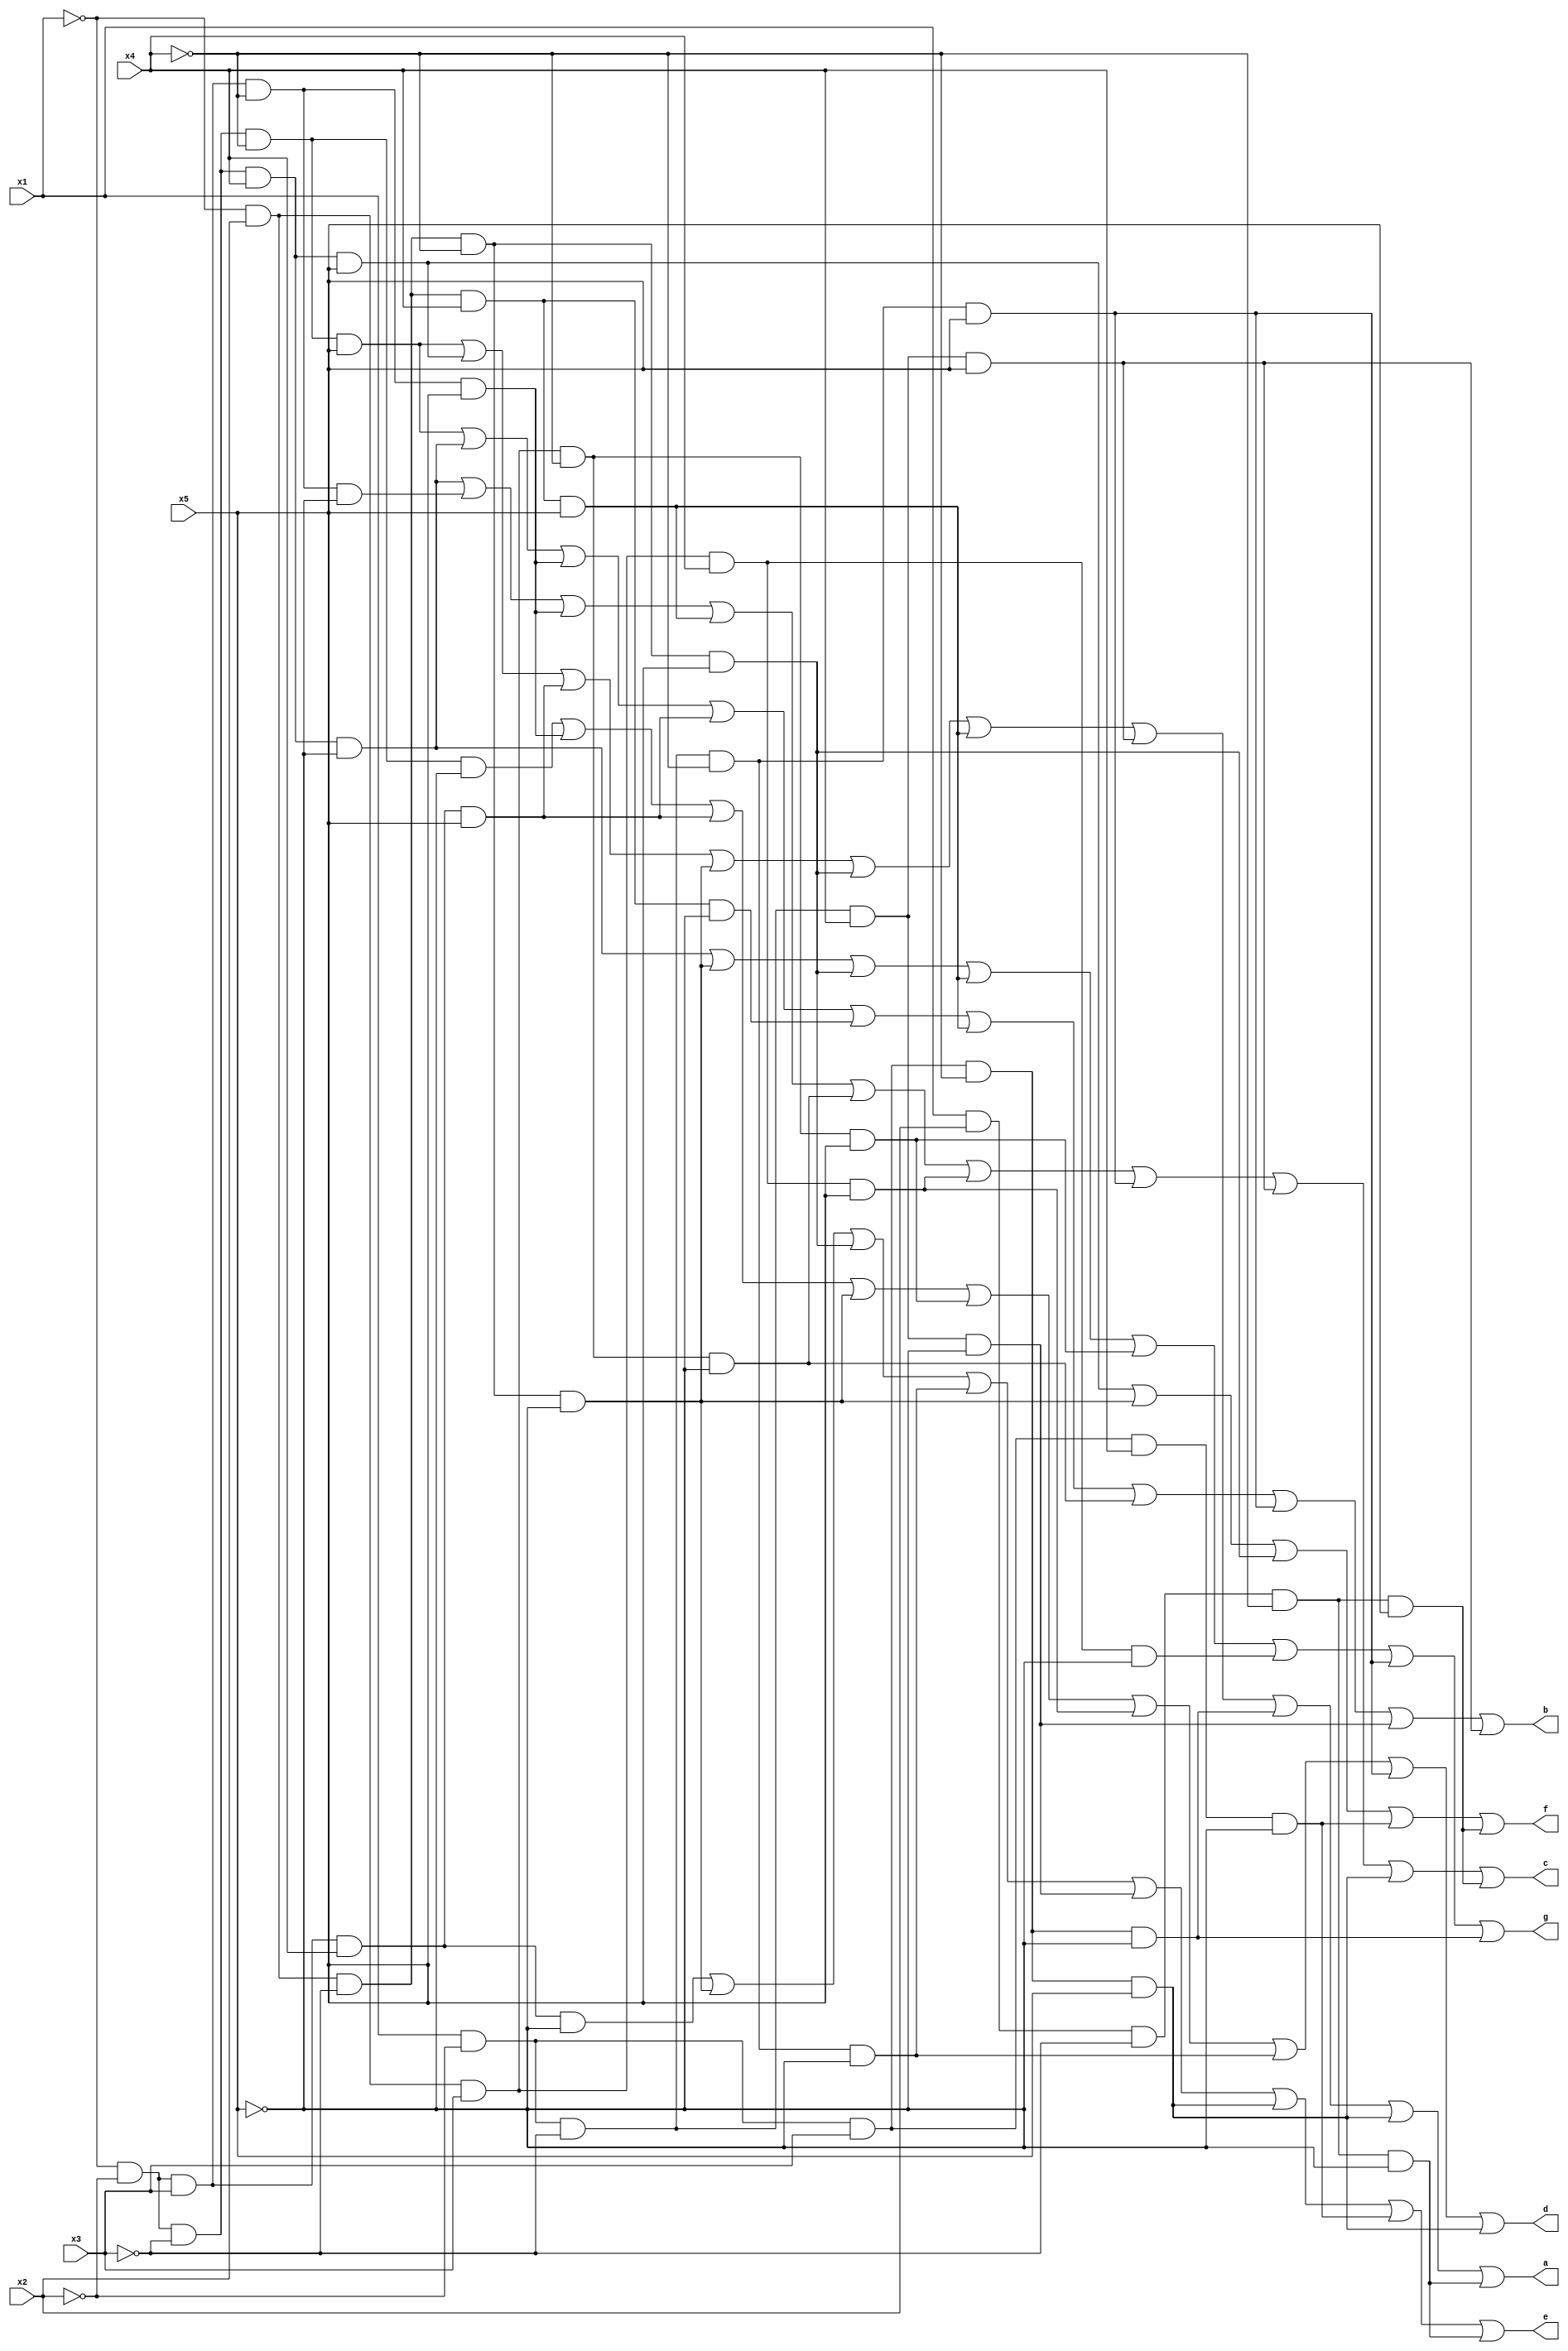
// Displaying letters on the board

module alphabet(x1, x2, x3, x4, x5, a, b, c, d, e, f, g);

input x1, x2, x3, x4, x5;
output a, b, c, d, e, f, g;

assign a = (~x1&~x2&~x3&~x4&x5) | (~x1&~x2&~x3&x4&x5) | (~x1&~x2&x3&x4&x5) | (~x1&x2&~x3&~x4&~x5) | (~x1&x2&~x3&~x4&x5) 
			| (~x1&x2&~x3&x4&x5) | (x1&~x2&~x3&x4&x5) | (x1&~x2&x3&~x4&~x5) | (x1&~x2&x3&~x4&x5) | (x1&x2&~x3&~x4&~x5);
			
assign b = (~x1&~x2&~x3&~x4&x5) | (~x1&~x2&~x3&x4&~x5) | (~x1&~x2&x3&~x4&x5) | (~x1&~x2&x3&x4&x5) | (~x1&x2&~x3&x4&~x5)
			| (~x1&x2&~x3&x4&x5) | (~x1&x2&x3&~x4&~x5) | (x1&~x2&~x3&~x4&x5) | (x1&~x2&~x3&x4&~x5) | (x1&~x2&~x3&x4&x5);
			
assign c = (~x1&~x2&~x3&x4&~x5) | (~x1&~x2&x3&~x4&~x5) | (~x1&~x2&x3&~x4&x5) | (~x1&x2&~x3&x4&x5) | (~x1&x2&x3&~x4&~x5)
			| (~x1&x2&x3&x4&x5) | (x1&~x2&~x3&~x4&x5) | (x1&~x2&~x3&x4&x5) | (x1&~x2&x3&~x4&x5) | (x1&x2&~x3&~x4&x5);
			
assign d = (~x1&~x2&~x3&~x4&~x5) | (~x1&~x2&x3&~x4&x5) | (~x1&~x2&x3&x4&x5) | (~x1&x2&~x3&~x4&~x5) | (~x1&x2&x3&~x4&x5)
			| (~x1&x2&x3&x4&x5) | (x1&~x2&~x3&~x4&~x5) | (x1&~x2&~x3&~x4&x5) | (x1&~x2&x3&~x4&x5);
			
assign e = (~x1&~x2&x3&x4&~x5) | (~x1&x2&~x3&~x4&~x5) | (~x1&x2&~x3&~x4&x5) | (x1&~x2&~x3&~x4&~x5) | (x1&~x2&~x3&x4&~x5)
			| (x1&~x2&x3&~x4&x5) | (x1&~x2&x3&x4&~x5) | (x1&x2&~x3&~x4&~x5);
			
assign f = (~x1&~x2&~x3&x4&x5) | (~x1&x2&~x3&~x4&~x5) | (~x1&x2&~x3&~x4&x5) | (x1&~x2&x3&x4&~x5) | (x1&x2&~x3&~x4&x5);

assign g = (~x1&~x2&~x3&x4&~x5) | (~x1&x2&~x3&~x4&~x5) | (~x1&x2&~x3&~x4&x5) | (~x1&x2&~x3&x4&x5) | (~x1&x2&x3&~x4&x5)
			| (~x1&x2&x3&x4&~x5) | (x1&~x2&~x3&~x4&x5) | (x1&~x2&x3&~x4&~x5);
			
endmodule